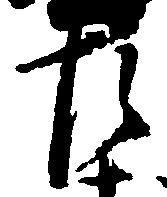
左